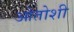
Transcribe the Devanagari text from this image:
ओतोशी